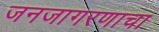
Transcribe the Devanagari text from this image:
जनजागरणाचा